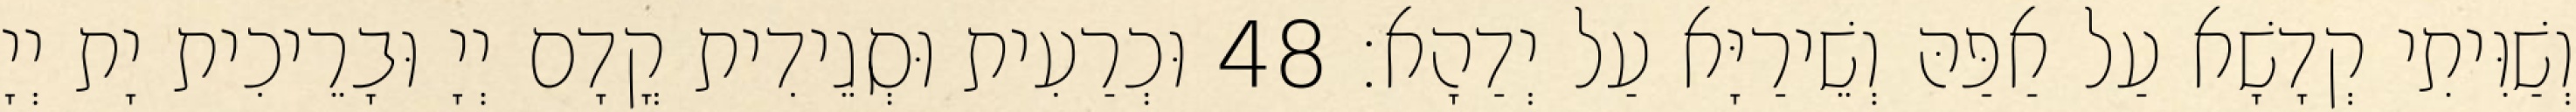
וְשַׁוִּיתִי קְדָשָׁא עַל אַפַּהּ וְשֵׁירַיָּא עַל יְדַהָא׃ 48 וּכְרַעִית וּסְגֵידִית קֳדָם יְיָ וּבָרֵיכִית יָת יְיָ